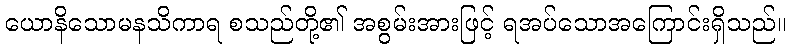
ယောနိသောမနသိကာရ စသည်တို့၏ အစွမ်းအားဖြင့် ရအပ်သောအကြောင်းရှိသည်။